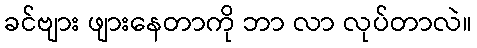
ခင်ဗျား ဖျားနေတာကို ဘာ လာ လုပ်တာလဲ။